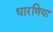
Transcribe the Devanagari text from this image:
धारणिया